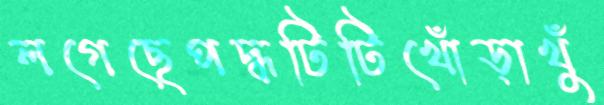
লগেছেপদ্ধটিটিখোঁড়াখুঁ